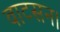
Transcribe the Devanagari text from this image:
वाटसन।